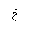
Letter: _kha